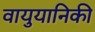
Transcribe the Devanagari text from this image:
वायुयानिकी